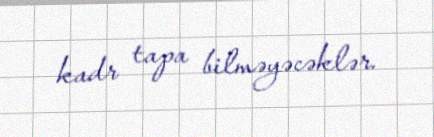
kadr tapa bilməyəcəklər.